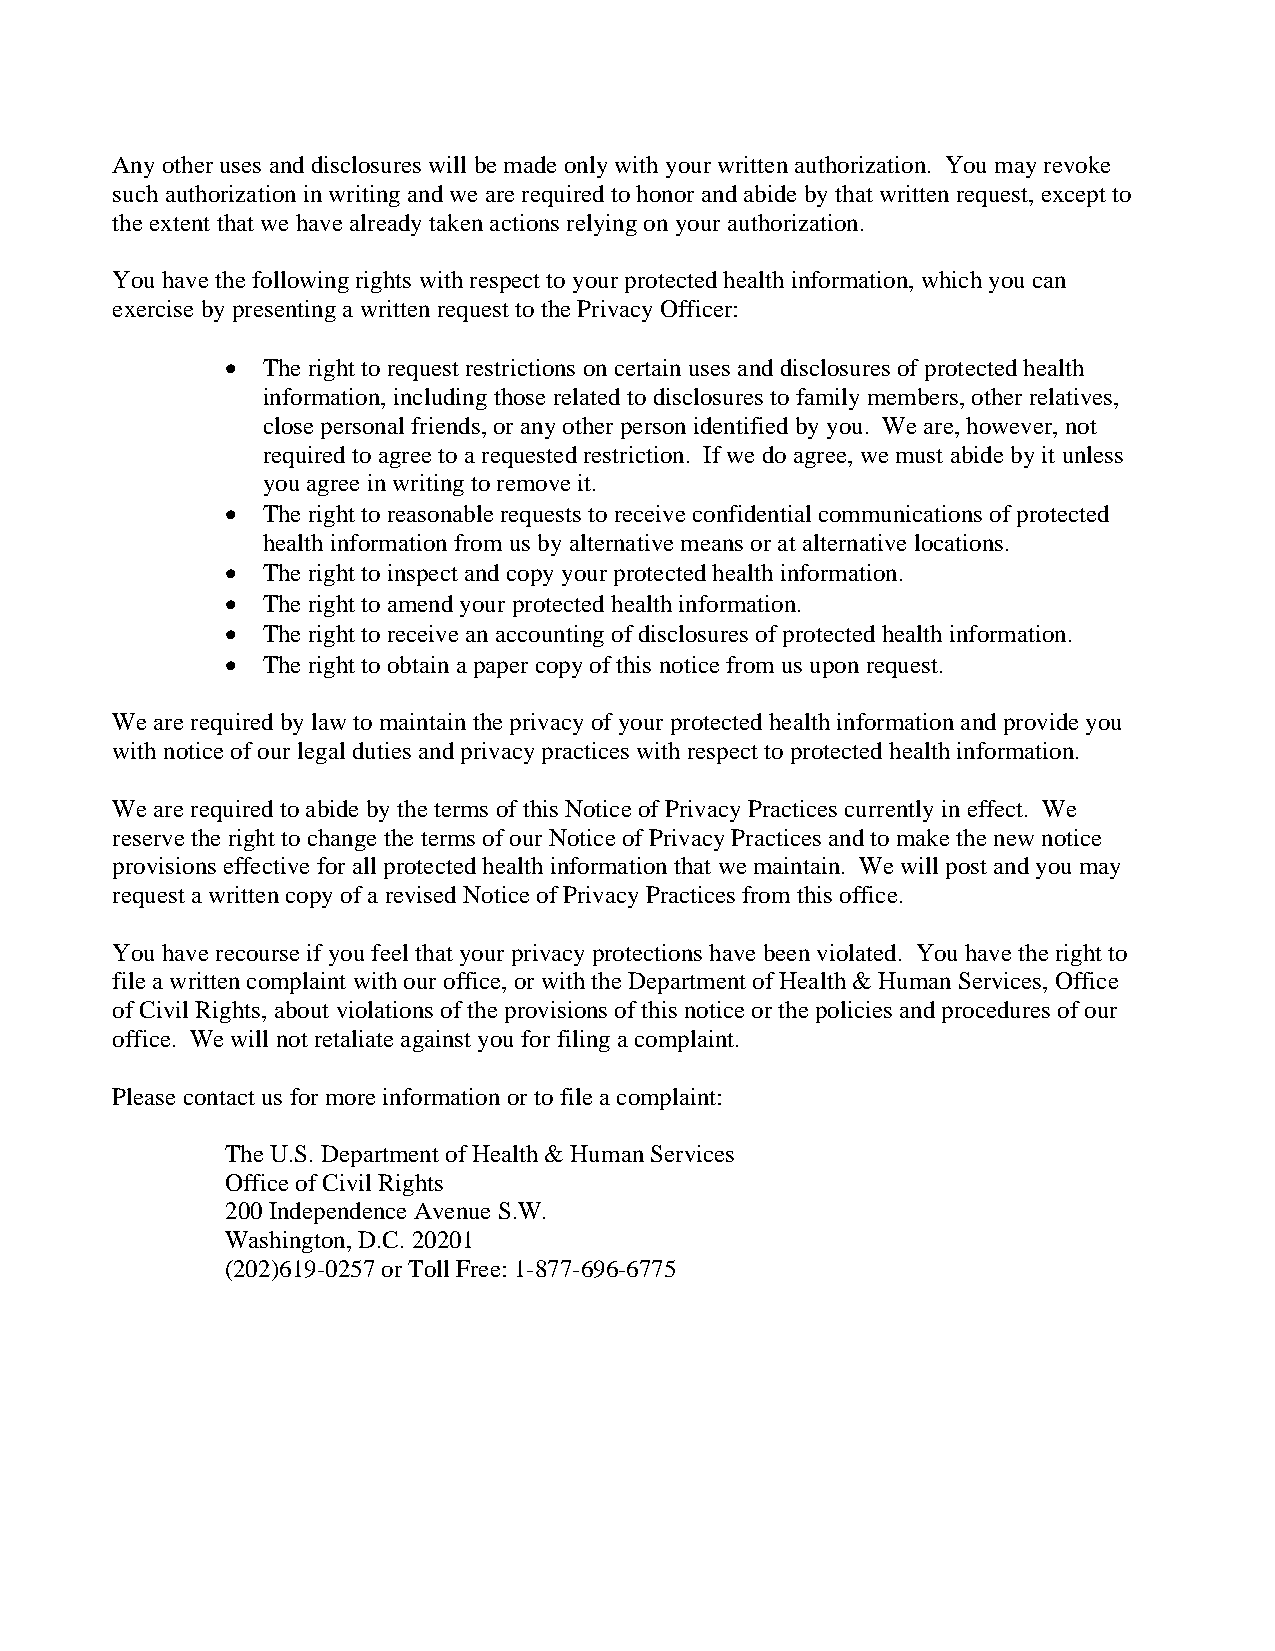
Any other uses and disclosures will be made only with your written authorization. You may revoke
 such authorization in writing and we are required to honor and abide by that written request, except to
 the extent that we have already taken actions relying on your authorization.
 You have the following rights with respect to your protected health information, which you can
 exercise by presenting a written request to the Privacy Officer:
  The right to request restrictions on certain uses and disclosures of protected health
 information, including those related to disclosures to family members, other relatives,
 close personal friends, or any other person identified by you. We are, however, not
 required to agree to a requested restriction. If we do agree, we must abide by it unless
 you agree in writing to remove it.
  The right to reasonable requests to receive confidential communications of protected
 health information from us by alternative means or at alternative locations.
  The right to inspect and copy your protected health information.
  The right to amend your protected health information.
  The right to receive an accounting of disclosures of protected health information.
  The right to obtain a paper copy of this notice from us upon request.
 We are required by law to maintain the privacy of your protected health information and provide you
 with notice of our legal duties and privacy practices with respect to protected health information.
 We are required to abide by the terms of this Notice of Privacy Practices currently in effect. We
 reserve the right to change the terms of our Notice of Privacy Practices and to make the new notice
 provisions effective for all protected health information that we maintain. We will post and you may
 request a written copy of a revised Notice of Privacy Practices from this office.
 You have recourse if you feel that your privacy protections have been violated. You have the right to
 file a written complaint with our office, or with the Department of Health & Human Services, Office
 of Civil Rights, about violations of the provisions of this notice or the policies and procedures of our
 office. We will not retaliate against you for filing a complaint.
 Please contact us for more information or to file a complaint:
 The U.S. Department of Health & Human Services
 Office of Civil Rights
 200 Independence Avenue S.W.
 Washington, D.C. 20201
 (202)619-0257 or Toll Free: 1-877-696-6775